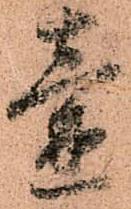
壺